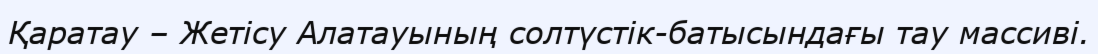
Қаратау – Жетісу Алатауының солтүстік-батысындағы тау массиві.